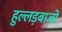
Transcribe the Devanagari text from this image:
हुल्लड़बाजों